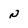
Character: N